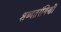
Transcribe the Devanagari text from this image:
शब्दतरंगिणी